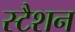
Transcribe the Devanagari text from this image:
स्टैशन